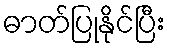
ဓာတ်ပြုနိုင်ပြီး